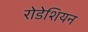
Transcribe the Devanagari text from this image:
रोडेशियन